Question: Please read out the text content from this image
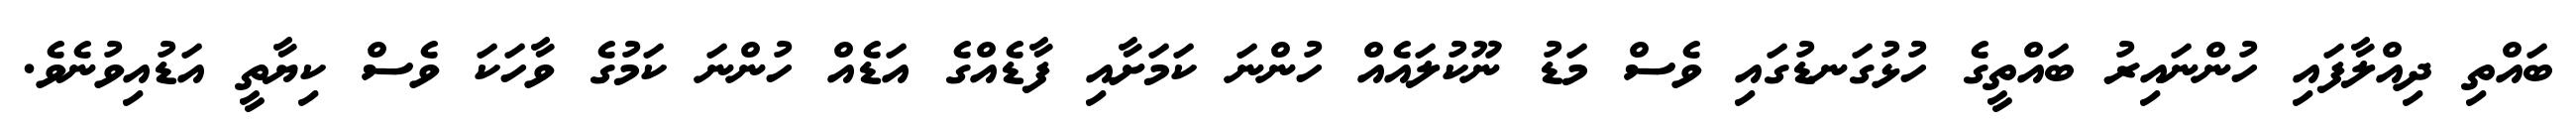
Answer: ބައްތި ދިއްލާފައި ހުންނައިރު ބައްތީގެ ހުޅުގަނޑުގައި ވެސް މަޑު ނޫކުލައެއް ހުންނަ ކަމަށާއި ފާޑެއްގެ އަޑެއް ހުންނަ ކަމުގެ ވާހަކަ ވެސް ކިޔާތީ އަޑުއިވުނެވެ.